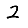
Digit: 2